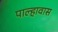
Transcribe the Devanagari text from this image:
पाल्हावास